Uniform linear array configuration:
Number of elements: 4
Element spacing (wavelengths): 0.25
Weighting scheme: binomial
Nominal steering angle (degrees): -60
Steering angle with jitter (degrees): -61.73
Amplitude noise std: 0.05
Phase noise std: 0.05

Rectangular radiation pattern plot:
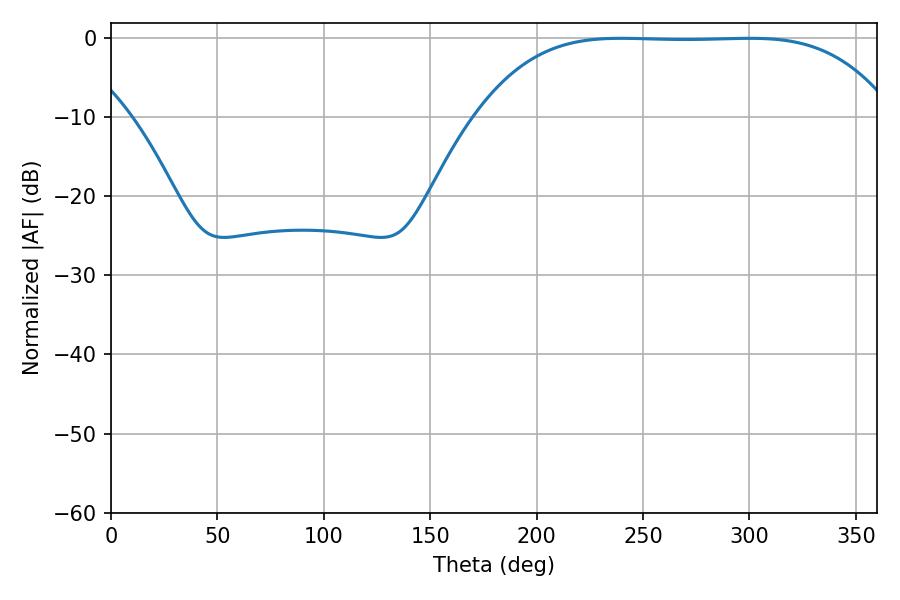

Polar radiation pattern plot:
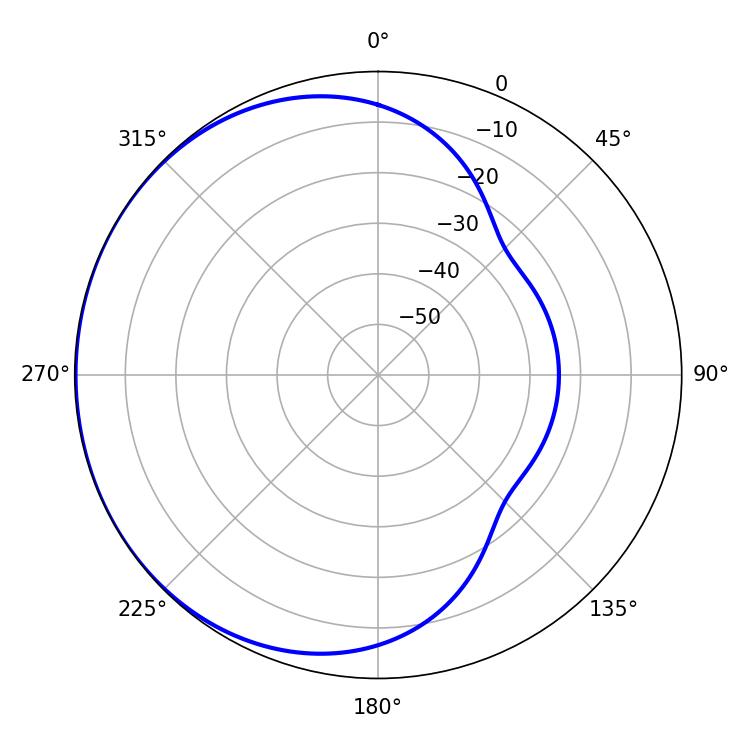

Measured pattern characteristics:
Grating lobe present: FALSE
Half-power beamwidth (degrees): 148.68
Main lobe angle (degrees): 239.76